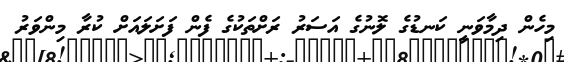
މިހެން ދިމާވަނީ ކަނޑުގެ ލޮނުގެ އަސަރު ރަށްތަކުގެ ފެން ފަށަލައަށް ކުރާ މިންވަރު